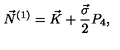
\vec { N } ^ { ( 1 ) } = \vec { K } + \frac { \vec { \sigma } } { 2 } P _ { 4 } ,